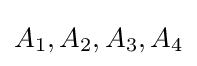
A_{1},A_{2},A_{3},A_{4}